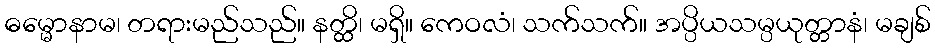
ဓမ္မောနာမ၊ တရားမည်သည်။ နတ္ထိ၊ မရှိ။ ကေဝလံ၊ သက်သက်။ အပ္ပိယသမ္ပယုတ္တာနံ၊ မချစ်